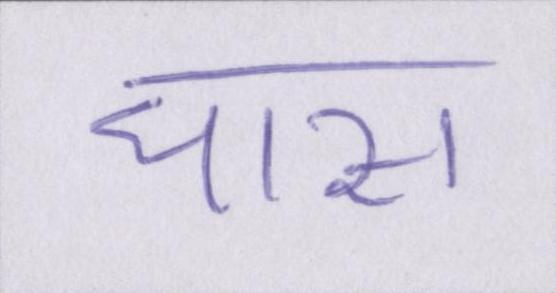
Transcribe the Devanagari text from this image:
घास